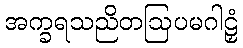
အက္ခရသညိတဩပမဂါဠှံ